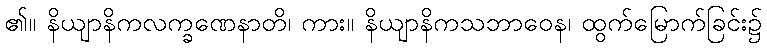
၏။ နိယျာနိကလက္ခဏေနာတိ၊ ကား။ နိယျာနိကသဘာဝေန၊ ထွက်မြောက်ခြင်း၌